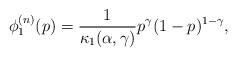
LaTeX: \begin{align*}\phi_1^{(n)}(p) = \frac{1}{\kappa_1(\alpha,\gamma)} p^{\gamma} (1-p)^{1-\gamma},\end{align*}